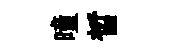
曈晳